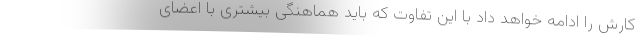
کارش را ادامه خواهد داد با این تفاوت که باید هماهنگی بیشتری با اعضای